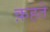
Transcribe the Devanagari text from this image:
क़हते